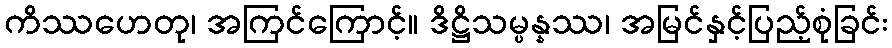
ကိဿဟေတု၊ အကြင်ကြောင့်။ ဒိဋ္ဌိသမ္ပန္နဿ၊ အမြင်နှင့်ပြည့်စုံခြင်း